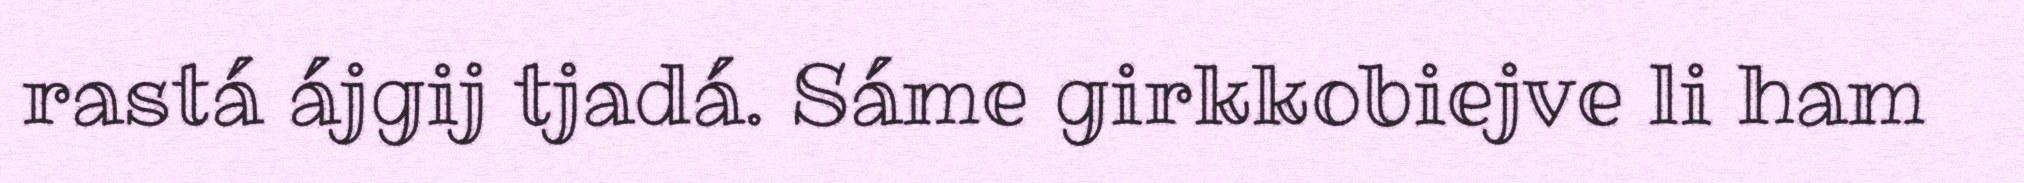
rastá ájgij tjadá. Sáme girkkobiejve li ham